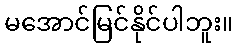
မအောင်မြင်နိုင်ပါဘူး။